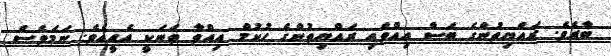
ބާރެވެ. ރައްޔިތުންގެ ބަސް އިއްވައި ރައްޔިތުންގެ ހުކުމް އިއްވާ ތަނަކީ އެއީއެވެ. ނަމަވެސް